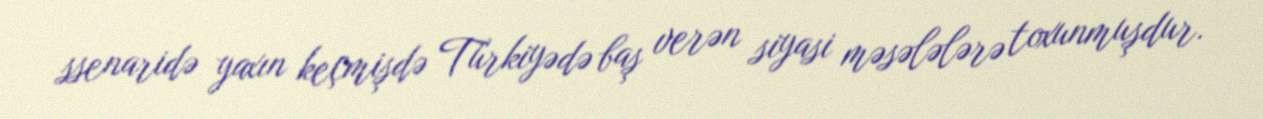
ssenaridə yaxın keçmişdə Türkiyədə baş verən siyasi məsələlərə toxunmuşdur.